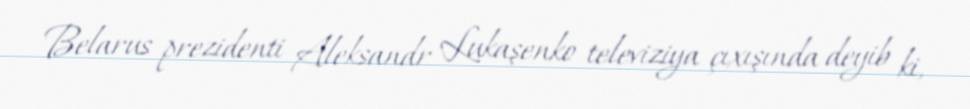
Belarus prezidenti Aleksandr Lukaşenko televiziya çıxışında deyib ki,